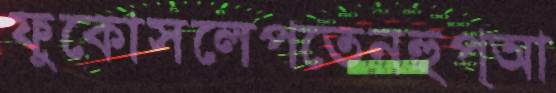
ফুকোসলেপতেনহুপ্‌আ